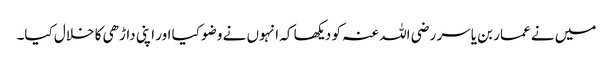
میں نے عمار بن یاسر رضی اللہ عنہ کو دیکھا کہ انہوں نے وضو کیا اور اپنی داڑھی کا خلال کیا۔